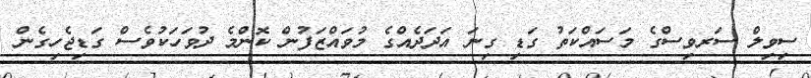
ސިވިލް ސަރވިސްގެ މަސައްކަތު ގަޑި ގިނަ އަދަދެއްގެ މުވައްޒަފުން ކޮންމެ ދުވަހަކުވެސް ގަޑިޖެހިގެން